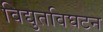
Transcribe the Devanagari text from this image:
विद्युतविघटन